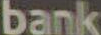
bank